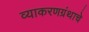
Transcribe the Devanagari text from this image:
व्याकरणग्रंथाचे